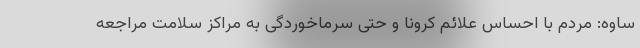
ساوه: مردم با احساس علائم کرونا و حتی سرماخوردگی به مراکز سلامت مراجعه